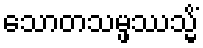
သောတသမ္ဖဿသ္မိံ